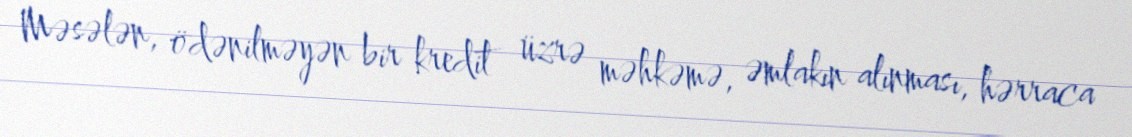
Məsələn, ödənilməyən bir kredit üzrə məhkəmə, əmlakın alınması, hərraca